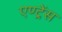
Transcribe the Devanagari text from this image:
एण्ट्रेंस